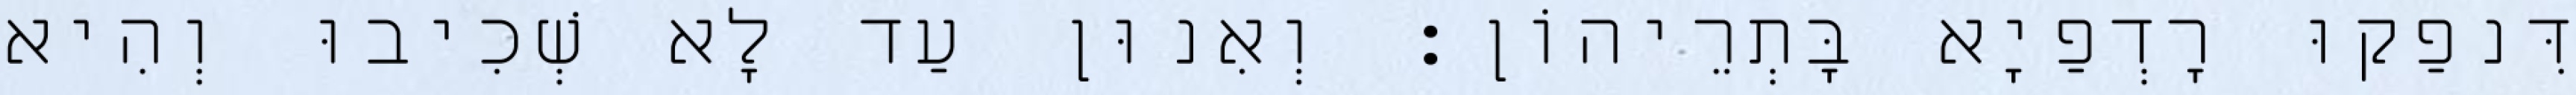
דִּנפַקוּ רָדְפַיָא בָּתְרֵיהוֹן׃ וְאִנוּן עַד לָא שְׁכִיבוּ וְהִיא